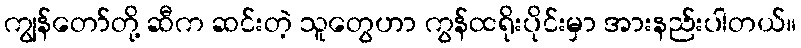
ကျွန်တော်တို့ ဆီက ဆင်းတဲ့ သူတွေဟာ ကွန်ထရိုးပိုင်းမှာ အားနည်းပါတယ်။